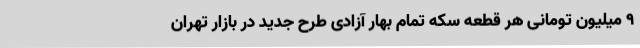
۹ میلیون تومانی هر قطعه سکه تمام بهار آزادی طرح جدید در بازار تهران